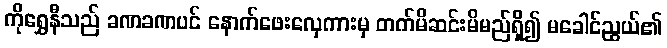
ကိုရွှေနီသည် ခဏခဏပင် နောက်ဖေးလှေကားမှ တက်မိဆင်းမိမည်ရှိ၍ မခေါင်ညွယ်၏